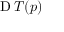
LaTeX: \operatorname { D } T ( p )